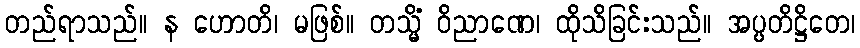
တည်ရာသည်။ န ဟောတိ၊ မဖြစ်။ တသ္မိံ ဝိညာဏေ၊ ထိုသိခြင်းသည်။ အပ္ပတိဋ္ဌိတေ၊